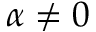
\alpha \neq 0